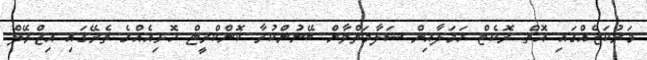
މަރުކަޒެއްގައި އޮތް ރޮކެޓް ހަމަލާއިން ސަލާމަތްވާން ބޭނުންކުރާ ކޮންކްރީޓް ހޮޅިއެއްގެ ތެރޭގައި އިޒްރޭލް